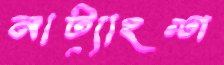
নাট্যাংশ